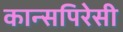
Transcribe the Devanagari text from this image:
कान्सपिरेसी